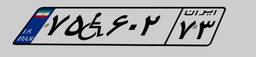
۵۴W۲۴۲۱۳